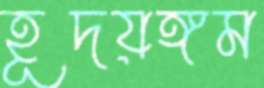
হূদয়ঙ্গম